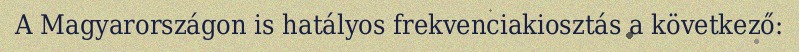
A Magyarországon is hatályos frekvenciakiosztás a következő: